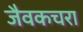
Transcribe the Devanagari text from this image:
जैवकचरा